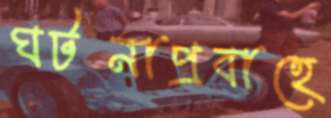
ঘটনাপ্রবাহে